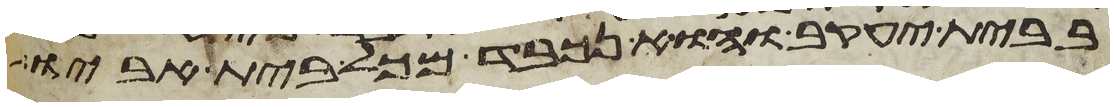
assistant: בבת יעקב והוא נכבד מכל בית אביו